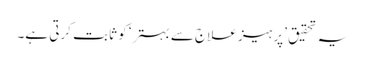
یہ تحقیق ’پرہیز علاج سے بہتر‘ کو ثابت کرتی ہے۔